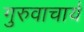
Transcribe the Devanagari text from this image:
गुरुवाचार्य